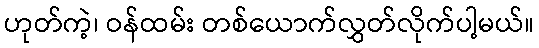
ဟုတ်ကဲ့၊ ဝန်ထမ်း တစ်ယောက်လွှတ်လိုက်ပါ့မယ်။